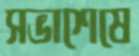
সভাশেষে